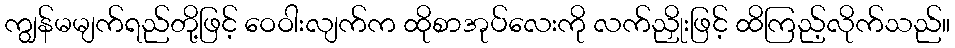
ကျွန်မမျက်ရည်တို့ဖြင့် ဝေဝါးလျက်က ထိုစာအုပ်လေးကို လက်ညှိုးဖြင့် ထိကြည့်လိုက်သည်။